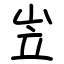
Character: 岦